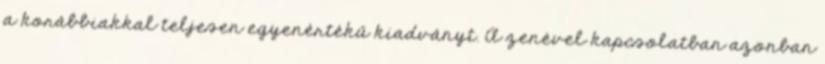
a korábbiakkal teljesen egyenértékű kiadványt. A zenével kapcsolatban azonban